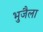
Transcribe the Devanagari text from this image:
भुजैला